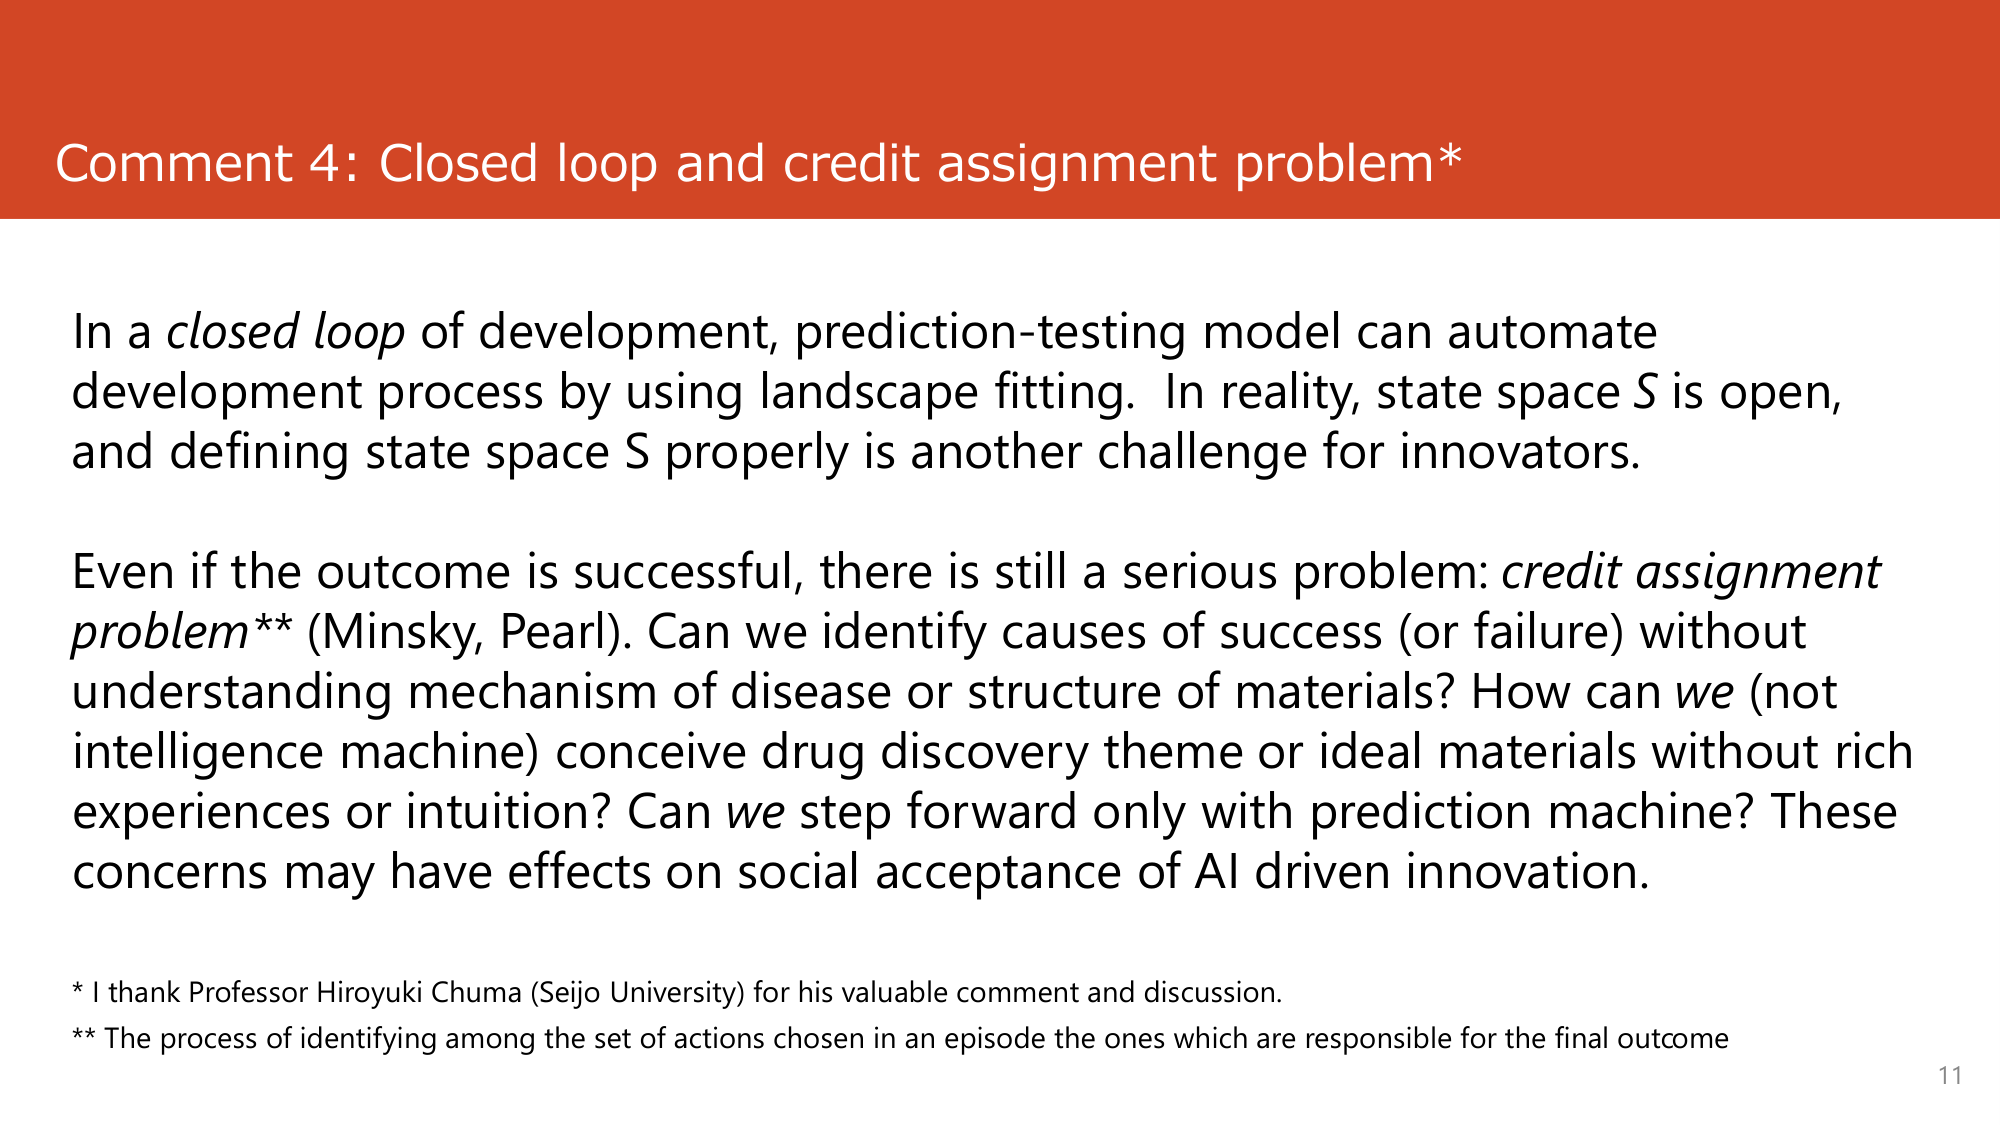
Comment 4: Closed loop and credit assignment problem*

In a closed loop of development, prediction-testing model can automate development process by using landscape fitting. In reality, state space S is open, and defining state space S properly is another challenge for innovators.

Even if the outcome is successful, there is still a serious problem: credit assignment problem** (Minsky, Pearl). Can we identify causes of success (or failure) without understanding mechanism of disease or structure of materials? How can we (not intelligence machine) conceive drug discovery theme or ideal materials without rich experiences or intuition? Can we step forward only with prediction machine? These concerns may have effects on social acceptance of AI driven innovation.

* I thank Professor Hiroyuki Chuma (Seijo University) for his valuable comment and discussion.
** The process of identifying among the set of actions chosen in an episode the ones which are responsible for the final outcome

11